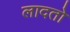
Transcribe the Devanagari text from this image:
लादतो